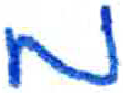
אות: מ